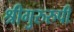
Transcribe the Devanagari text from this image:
श्रीगुरुरुपी